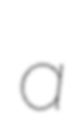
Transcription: a